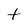
Character: t